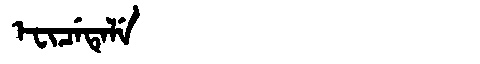
Manchu: ᡝᠸᡳᠴᡝᡨᡝᠯᡝ
Romanization: EFICETELE